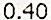
0.40